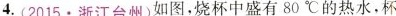
4.(2015.浙江台州)如图，烧杯中盛有80℃的热水，杯